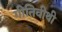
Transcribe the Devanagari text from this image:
गीतिवीथी